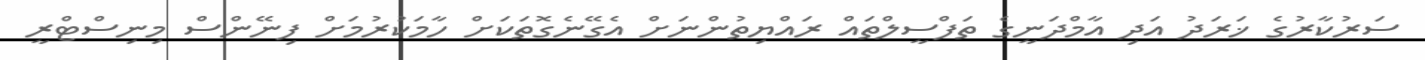
ސަރުކާރުގެ ޚަރަދު އަދި އާމްދަނީގެ ތަފްސީލްތައް ރައްޔިތުންނަށް އެގޭނެގޮތަކަށް ހާމަކުރުމަށް ފިނޭންސް މިނިސްޓްރީ